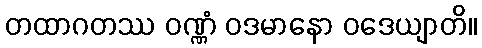
တထာဂတဿ ဝဏ္ဏံ ဝဒမာနော ဝဒေယျာတိ။